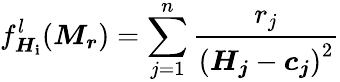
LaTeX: f_{\boldsymbol{H_{\mathbf{i}}}}^{l}(\boldsymbol{M_{r}})=\sum_{j=1}^{n}\frac{{{r_{j}}}}{{\left(\boldsymbol{H_{j}}-\boldsymbol{{c}_{j}}\right)^{2}}}